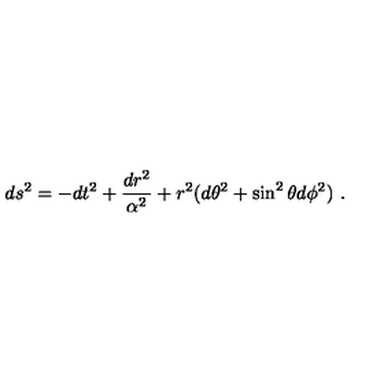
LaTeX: d s ^ { 2 } = - d t ^ { 2 } + \frac { d r ^ { 2 } } { \alpha ^ { 2 } } + r ^ { 2 } ( d \theta ^ { 2 } + \sin ^ { 2 } \theta d \phi ^ { 2 } ) \ .